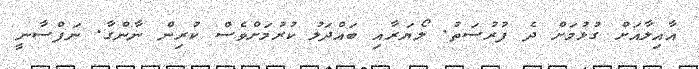
އާއިލާއަށް ގުޅުމަށް ދެ ފުރުސަތު. ލޯޔަރާއި ބައްދަލު ކުރުމަށްވެސް ކުރިން ނާންގާ. ނަފްސާނީ